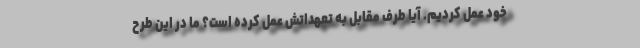
خود عمل کردیم. آیا طرف مقابل به تعهداتش عمل کرده است؟ ما در این طرح